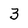
Character: 3